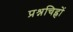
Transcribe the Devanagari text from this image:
प्रश्नचिह्नों